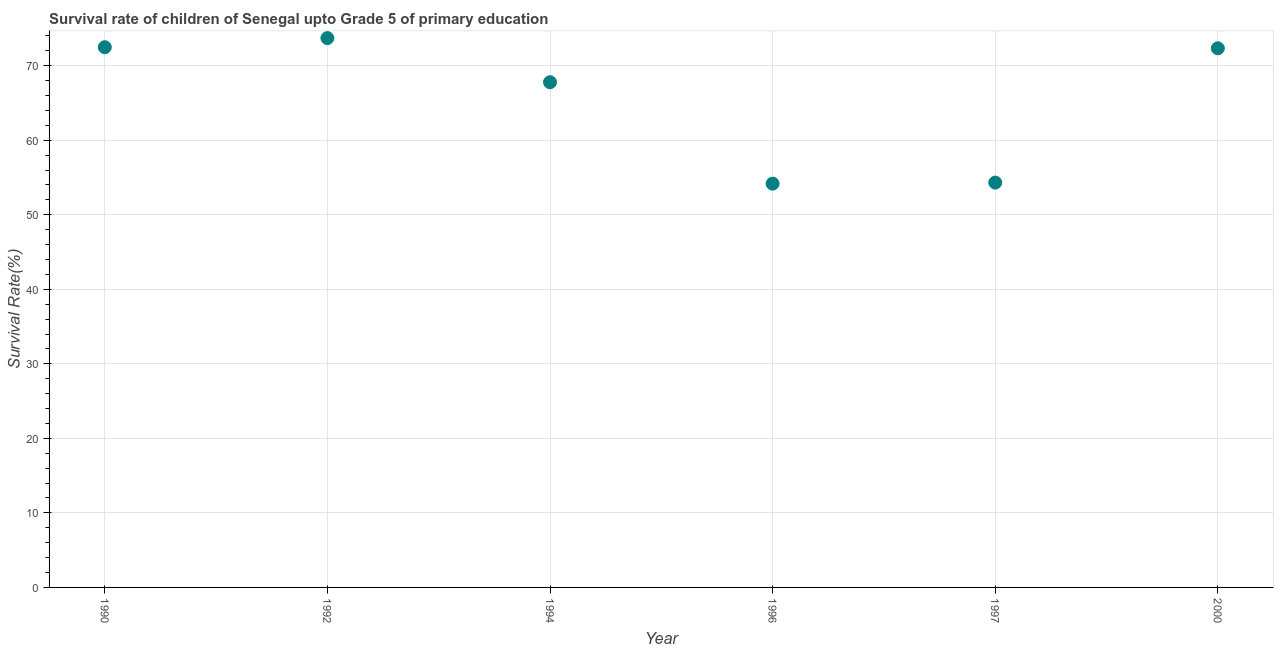
| Year | Survival rate |
 | --- | --- |
 | 1990 | 72.5 |
 | 1992 | 73.7 |
 | 1994 | 67.8 |
 | 1996 | 54.2 |
 | 1997 | 54.3 |
 | 2000 | 72.3 |